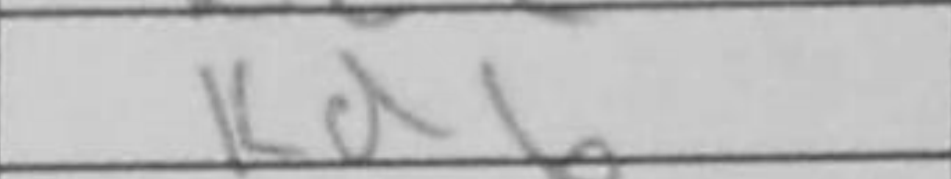
Transcription: Kd6